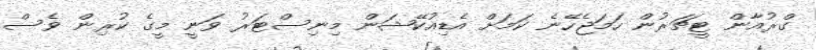
ގްރުއާން ޓީޗަރުން ހަމަޖެހޭނެ ކަމަށް އެޑިއުކޭޝަން މިނިސްޓަރު ވަނީ މީގެ ކުރިން ވެސް